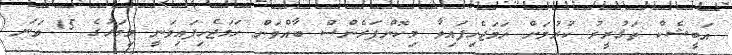
އަބީޝެކް ތަގުރީރު ކުރުމަށް ހަމަޖެހިފައިވާ މިކޮންފަރެންސް ބާއްވަން ހަމަޖެހިފައިވަނީ މިމަހުގެ 15 ވަނަ